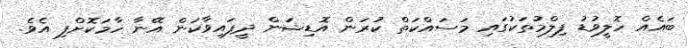
ބައެއް ހޮލީވުޑު ފިލްމުތަކުގައި މަސައްކަތް ކުރަން އޮޑިޝަން ދީފައިވާކަން އޭނާ ހާމަކޮށްފި އެވެ.